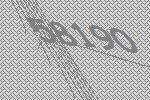
58190